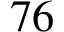
7 6